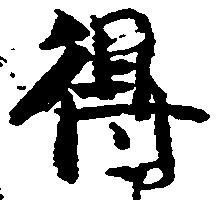
得